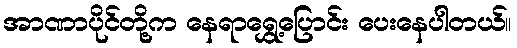
အာဏာပိုင်တို့က နေရာရွှေ့ပြောင်း ပေးနေပါတယ်။